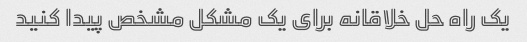
یک راه حل خلاقانه برای یک مشکل مشخص پیدا کنید